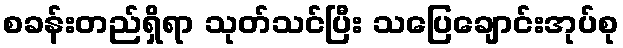
စခန်းတည်ရှိရာ သုတ်သင်ပြီး သပြေချောင်းအုပ်စု